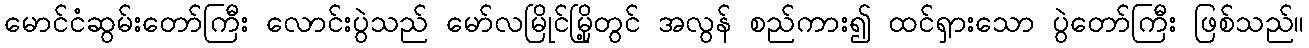
မောင်ငံဆွမ်းတော်ကြီး လောင်းပွဲသည် မော်လမြိုင်မြို့တွင် အလွန် စည်ကား၍ ထင်ရှားသော ပွဲတော်ကြီး ဖြစ်သည်။